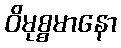
ဝိမုစ္စမာနော